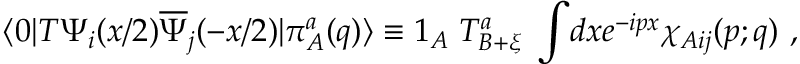
\langle 0 \vert T \Psi _ { i } ( x / 2 ) \overline { { \Psi } } _ { j } ( - x / 2 ) \vert \pi _ { A } ^ { a } ( q ) \rangle \equiv 1 _ { A } \; T _ { B + \xi } ^ { a } \; \int \! d x e ^ { - i p x } \chi _ { A i j } ( p ; q ) { } ~ ,